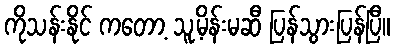
ကိုသန်းနိုင် ကတော့ သူ့မိန်းမဆီ ပြန်သွားပြန်ပြီ။